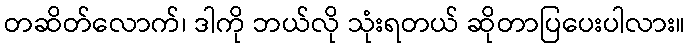
တဆိတ်လောက်၊ ဒါကို ဘယ်လို သုံးရတယ် ဆိုတာပြပေးပါလား။